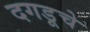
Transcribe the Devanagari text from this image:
दगडूचे